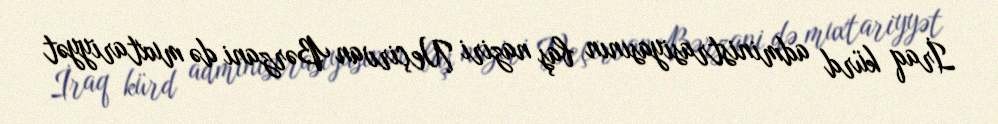
İraq kürd administrasiyasının baş naziri Neçirvan Bərzani də muxtariyyət